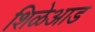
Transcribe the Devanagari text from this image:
शिळेआड